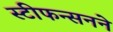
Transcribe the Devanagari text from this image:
स्टीफन्सनने